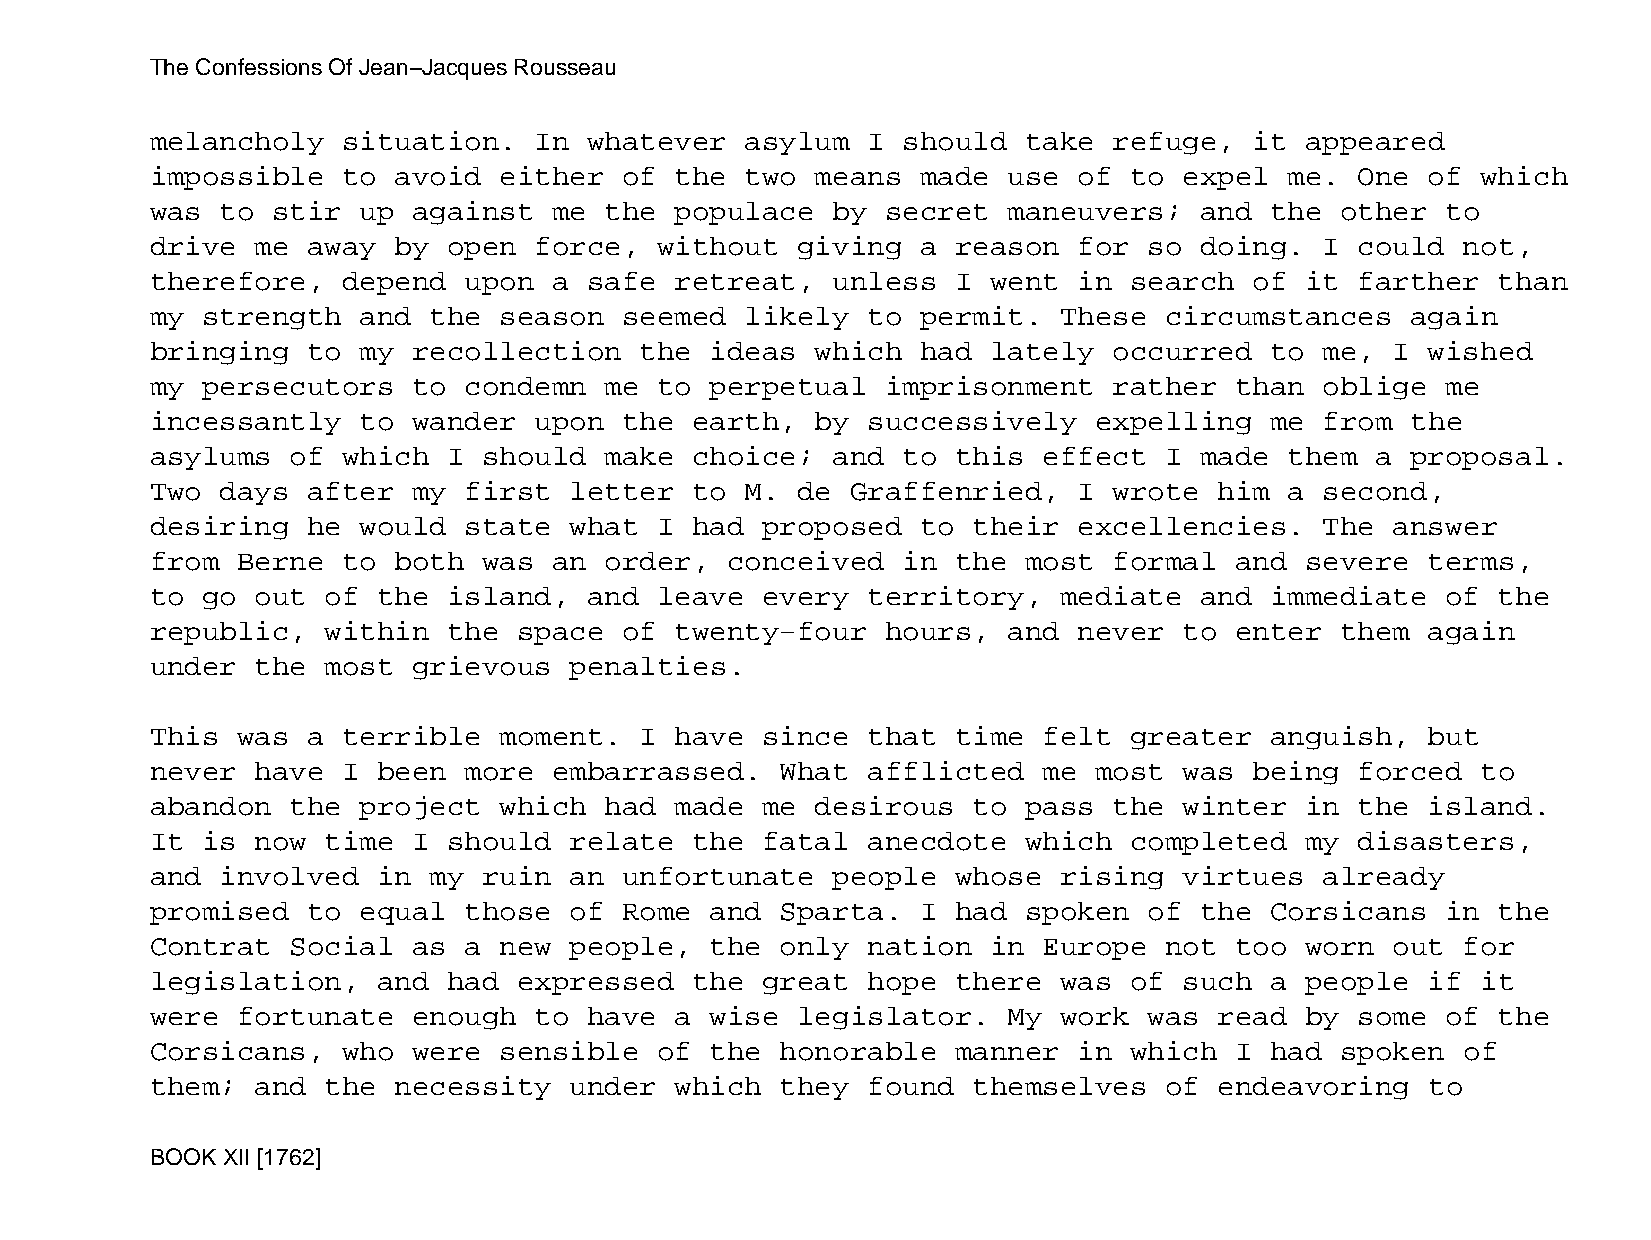
The Confessions Of Jean−Jacques Rousseau
 melancholy   situation.  In  whatever  asylum  I  should  take  refuge,  it appeared
 impossible   to avoid  either  of  the two  means  made  use of  to expel  me.  One  of which
 was  to stir  up against   me the  populace  by  secret  maneuvers;  and  the  other  to
 drive  me away  by  open force,   without  giving  a reason  for  so doing.   I could  not,
 therefore,   depend  upon  a safe  retreat,  unless  I  went in  search  of it  farther  than
 my strength   and the  season  seemed  likely  to  permit.  These  circumstances   again
 bringing  to  my recollection   the  ideas  which  had  lately  occurred  to  me, I  wished
 my persecutors   to  condemn  me  to perpetual   imprisonment   rather  than  oblige  me
 incessantly   to wander  upon  the  earth,  by successively   expelling   me  from the
 asylums  of  which  I should  make  choice;  and  to this  effect  I made  them  a proposal.
 Two  days after  my  first  letter  to M.  de Graffenried,   I  wrote  him a  second,
 desiring  he  would  state  what  I had proposed   to their  excellencies.    The answer
 from  Berne  to both  was  an order,  conceived   in the  most  formal  and severe   terms,
 to go  out  of the  island,  and  leave every  territory,   mediate  and  immediate   of the
 republic,   within  the space  of  twenty−four   hours,  and never  to  enter  them  again
 under  the  most grievous   penalties.
 This  was a  terrible  moment.  I  have since  that  time  felt  greater  anguish,   but
 never  have  I been  more  embarrassed.   What afflicted   me most  was  being  forced  to
 abandon  the  project  which  had  made me  desirous  to  pass  the winter  in  the  island.
 It is  now  time I  should  relate  the fatal  anecdote   which  completed  my  disasters,
 and  involved  in my  ruin  an unfortunate   people  whose  rising  virtues   already
 promised  to  equal  those  of Rome  and  Sparta.  I had  spoken  of the  Corsicans   in the
 Contrat  Social  as  a new  people,  the  only nation   in Europe  not  too worn  out  for
 legislation,   and  had expressed   the great  hope  there  was  of such  a people   if it
 were  fortunate  enough  to  have  a wise  legislator.   My work  was  read by  some  of the
 Corsicans,   who were  sensible   of the  honorable  manner  in  which  I had  spoken  of
 them;  and  the necessity   under  which  they found  themselves   of  endeavoring   to
 BOOK XII [1762]